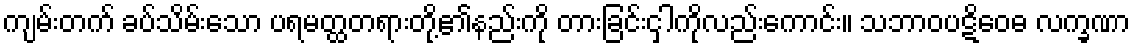
ကျမ်းတက် ခပ်သိမ်းသော ပရမတ္ထတရားတို့၏နည်းကို တားခြင်းငှါကိုလည်းကောင်း။ သဘာဝပဋိဝေဓ လက္ခဏာ